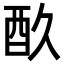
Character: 𮠘